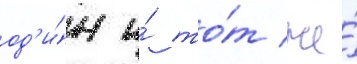
од'и́н и́ то́т же́